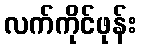
လက်ကိုင်ဖုန်း